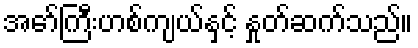
အော်ကြီးဟစ်ကျယ်နှင့် နှုတ်ဆက်သည်။